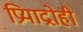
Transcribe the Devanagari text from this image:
प्रियाद्रोही